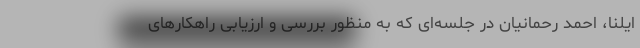
ایلنا، احمد رحمانیان در جلسه‌ای که به منظور بررسی و ارزیابی راهکارهای